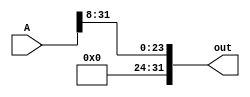
module rshift8bit(A, out);
    input [31:0] A;
    output reg [31:0] out;

    always @(A) begin
        out = A >> 8;
    end
endmodule